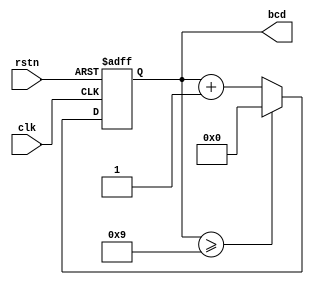
module count10(clk, rstn, bcd);
input clk, rstn; //Reloj de 1Hz para contador
output [3:0] bcd;//Bus de salida del contador
reg[3:0] cnt;    //Registro contador 4-bit
assign bcd = cnt;//Asigna el registro a la salida
always @(posedge clk, negedge rstn) 
  if(!rstn) cnt <= 0; 
  else
    if(cnt >= 9) cnt <= 0;//Reinicio contador
    else cnt <= cnt + 1'b1;  //Incremento contador
endmodule